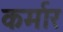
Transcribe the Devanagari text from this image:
कर्मार